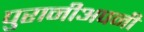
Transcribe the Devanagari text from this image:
पुरानीअपनी